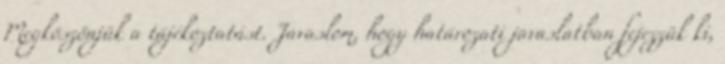
Megköszönjük a tájékoztatást. Javaslom, hogy határozati javaslatban fejezzük ki,